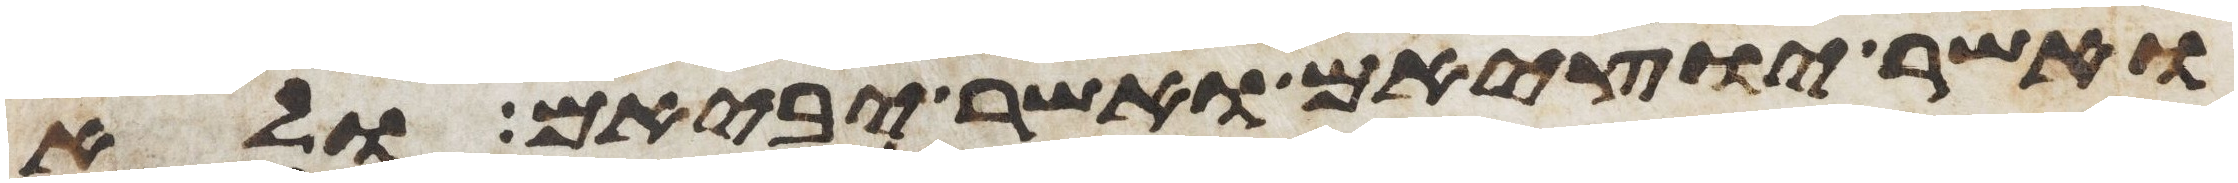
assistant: ואשר יוציאם ואשר יביאם ולא